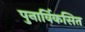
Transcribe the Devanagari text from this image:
पुनार्विकसित